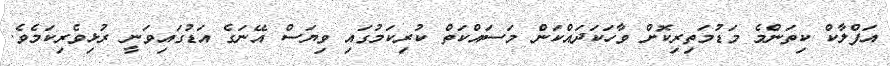
އަފްލާކް ކިތަންމެ މަޑުމަތިރިކޮށް ވާހަކަދައްކަން މަސައްކަތް ކުރިކަމުގައި ވިޔަސް އޭނަގެ އަޑުގައިވަނީ ރުޅިވެރިކަމެވެ.